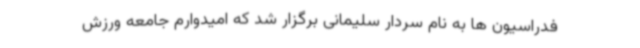
فدراسیون ها به نام سردار سلیمانی برگزار شد که امیدوارم جامعه ورزش